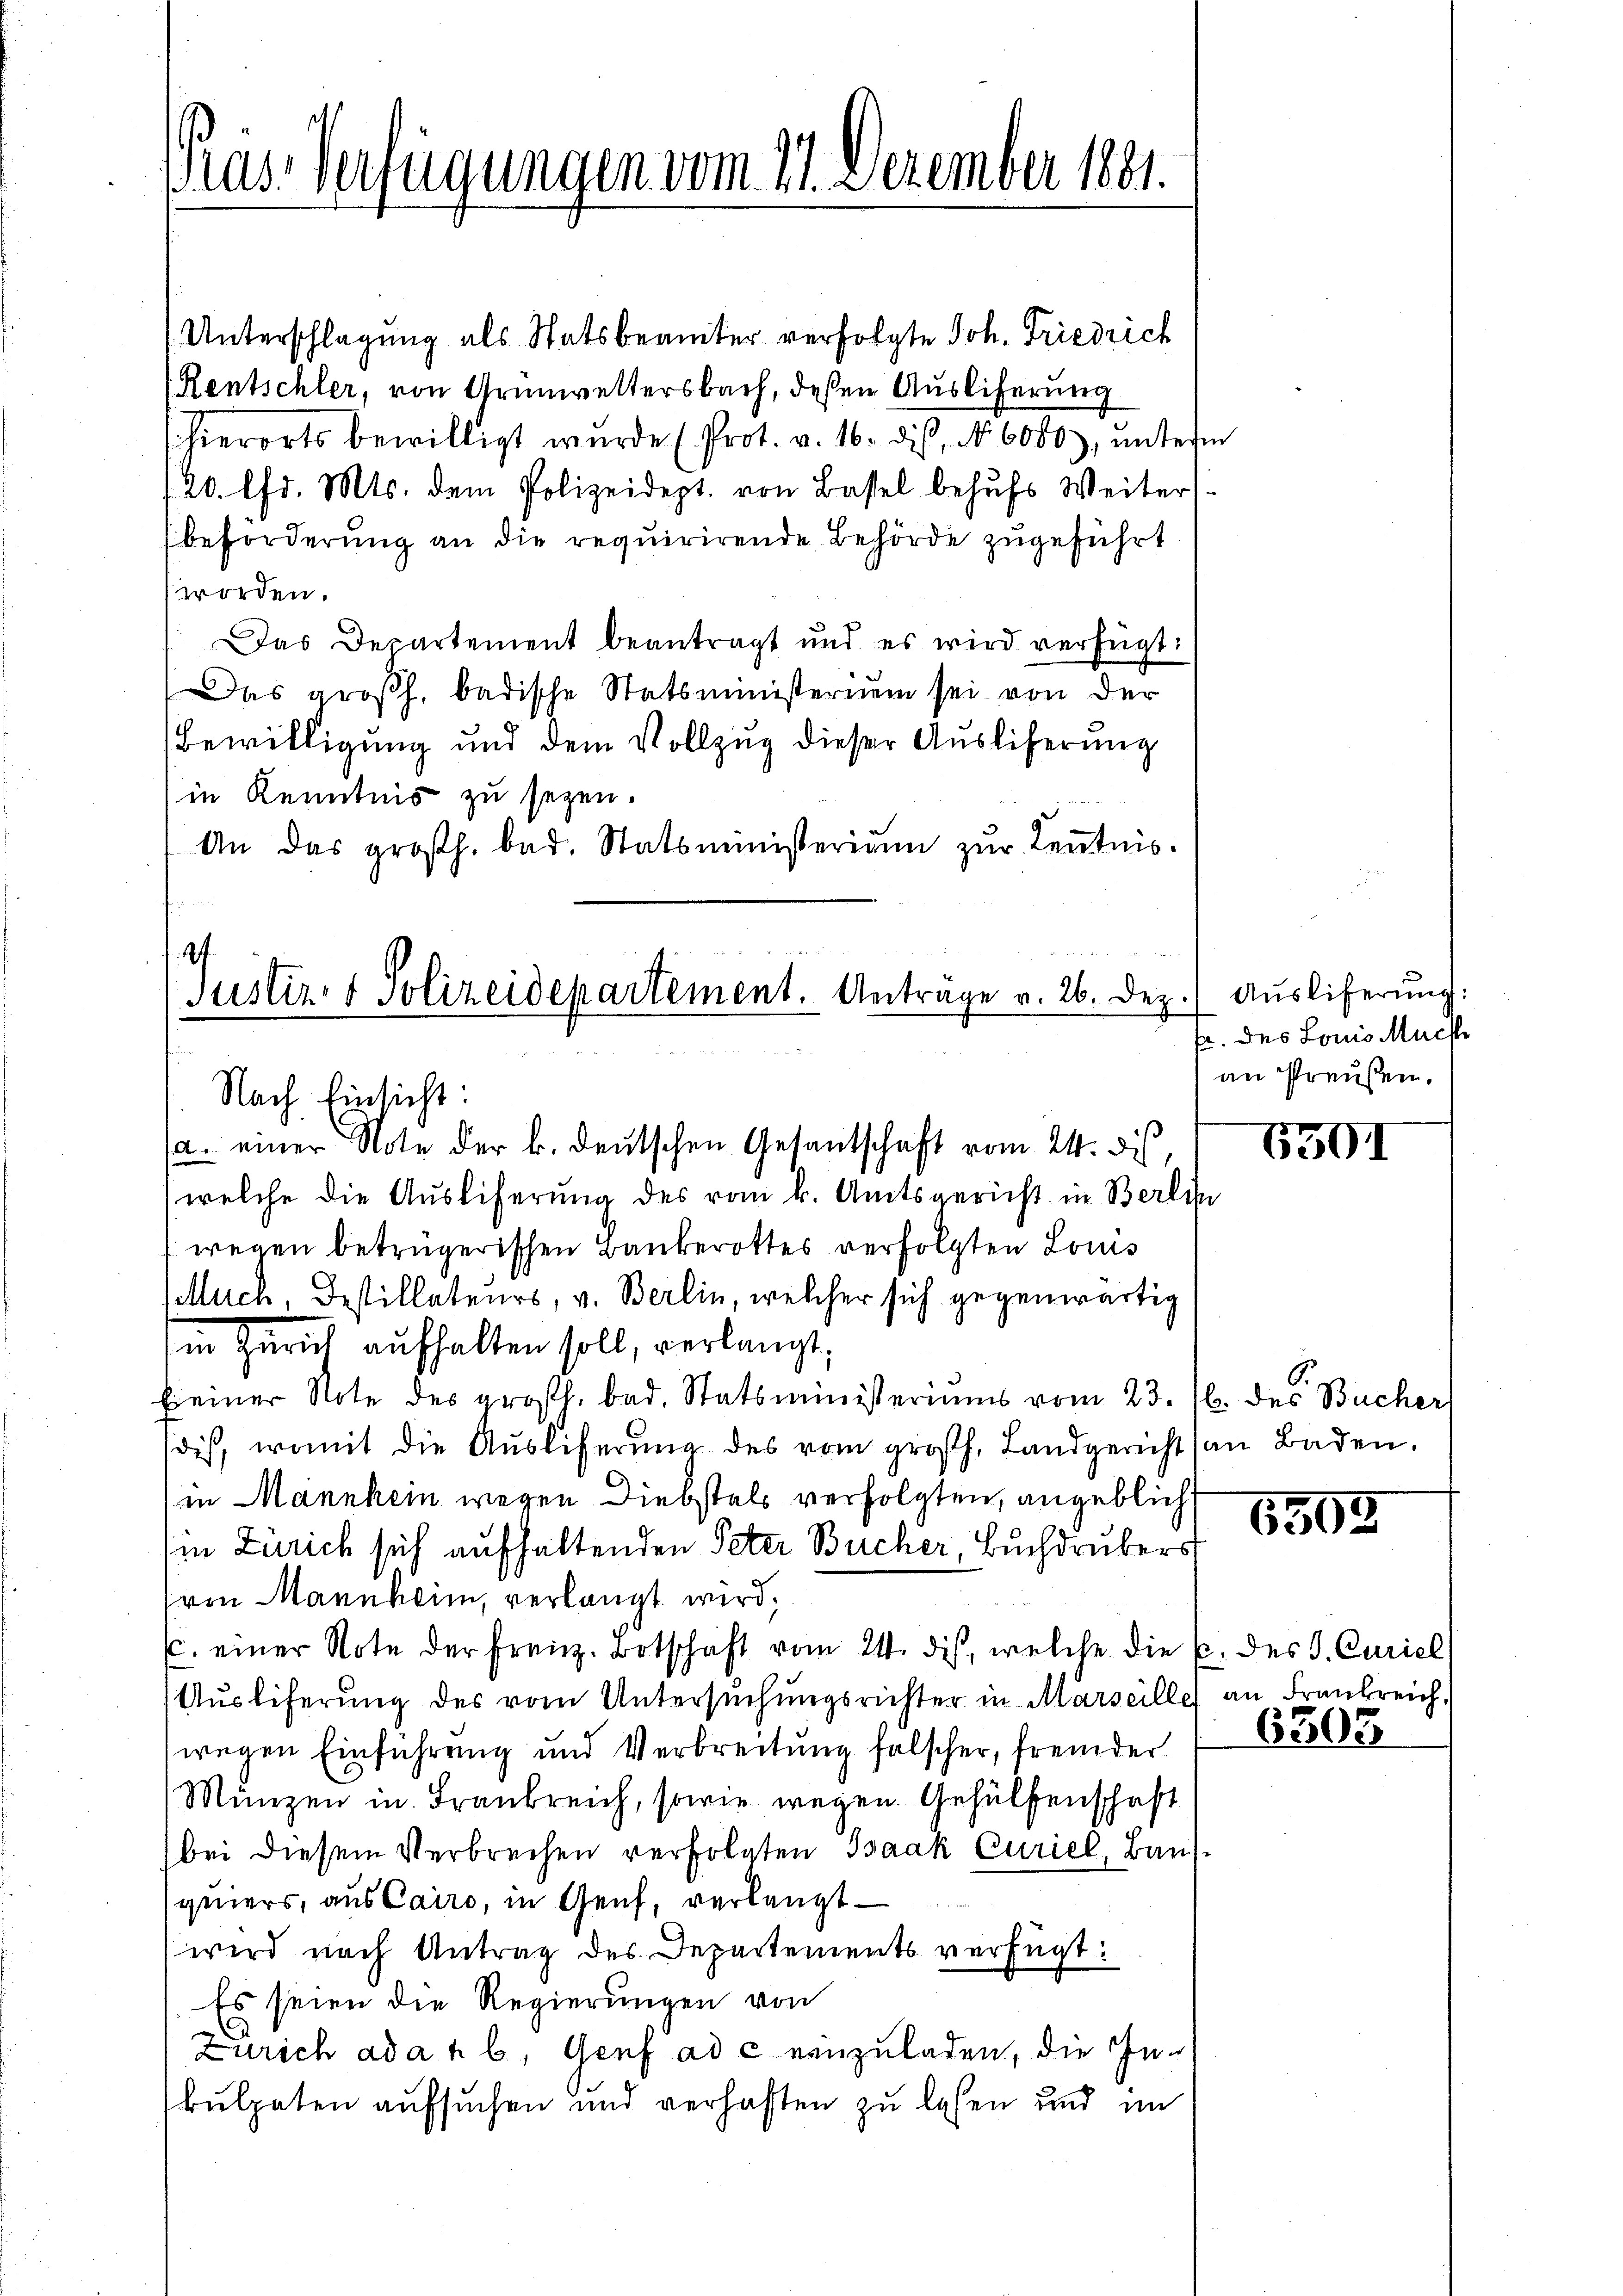
(Unterschlagung als Statsbeamter verfolgte Joh. Friedrich
(Rentschler, von Grünwettersbach, deßen Ausliferung
(hierorts bewilligt wurde (Prot. v. 16. dis, No 6000), unterm
20. lfd. Mts. dem Polizeidept. von Bassel behufs Weiter
beförderung an die requirirende Behörde zugeführt
worden.
Das Departement beantragt und es wird verfügt:
Das großh. badische Statsministerium sei von der
Bewilligung und dem Vollzug dieser Ausliferung
in Kenntnis zu seyen.
An das großh. bad. Statsministerium zur Keṅtnis.

Pras Verfügungen vom 27. Dezember 1881.

2
Justiz- & Polizeidepartement. Anträge v. 26. Dez.
Nach Einsicht:
2. einer Note der k. deutschen Gesantschaft vom 24. des,

.) Auslieferung:
fr. des Louis Mache
an Preußen.

welche die Ausliferung des vom k. Amtsgericht in Berlin
wegen betrügerischen Baukerottes verfolgten Louis
Much, Bestillateurs, v. Berlin, welcher sich gegenwärtig
in Zürich aufhalten soll, verlangt,
keiner Note des großh. bad. Statsministeriums vom 23. 16. des Bucher
dis, womit die Auslieferung des vom großh. Landgericht (an Baden,
in Mannhein wegen Diebstals verfolgten, angeblich
Ein Zürich sich aufhaltenden Peter Bücher, Buchdrukers
von Mannheim, verlangt wird;
C. einer Note der franz. Botschaft vom 24. dis, welche die u. des J. Curiel
Ausliferung des vom Untersuchungsrichter in Marseille an Frankreich
wegen Einführung und Verbreitung falscher, fremder
Münzen in Frankreich, sowie wegen Gehülfenschaft
bei diesem Verbrechen verfolgten Isaak Curiel, Baus
quiers, aus Cairo, in Genf, verlangt
wird nach Antrag des Departements verfügt:
Es seien die Regierungen von
Zürich ad a r b. Genf ad c einzuladen, die Inkulpaten aufsuchen und verhaften zu lesen und im

6301

1305

6305